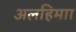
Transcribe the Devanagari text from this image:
अलहिमाा